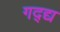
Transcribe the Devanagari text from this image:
गद्द्य